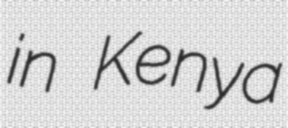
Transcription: in Kenya